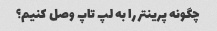
چگونه پرینتر را به لپ تاپ وصل کنیم؟